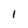
Character: 1